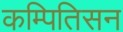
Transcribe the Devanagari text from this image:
कम्पितिसन